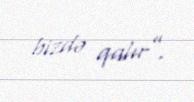
bizdə qalır”.